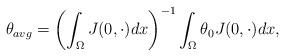
LaTeX: \begin{align*} \theta_{avg} = \left(\int_{\Omega} J(0,\cdot) dx \right)^{-1} \int_\Omega \theta_0 J(0,\cdot) dx,\end{align*}